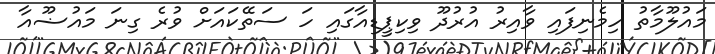
މައުލޫމާތު ހިމެނިފައި ވާއިރު އުރުދޫ ވިކިޕީޑިއާގައި ހަ ސަތޭކައަށް ވުރެ ގިނަ މައުޟޫއާ